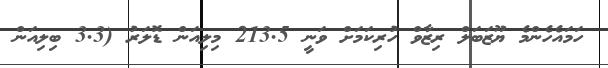
ހަމައެހެންމެ ޔޫޒަބަލް ރިޒާވް ހުރިކަމަށް ވަނީ 213.5 މިލިއަން ޑޮލަރު (3.3 ބިލިއަން